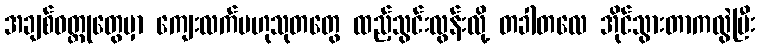
အချစ်ဝတ္ထုတွေမှာ ကျေးလက်ဗဟုသုတတွေ ထည့်သွင်းလွန်းလို့ တခါတလေ အိုင်သွားတာကလွဲပြီး